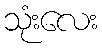
သုံးလေး